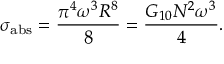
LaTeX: \sigma _ { \mathrm { a b s } } = \frac { \pi ^ { 4 } \omega ^ { 3 } R ^ { 8 } } { 8 } = \frac { G _ { 1 0 } N ^ { 2 } \omega ^ { 3 } } { 4 } .